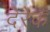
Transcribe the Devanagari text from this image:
देरेकं